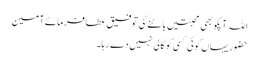
اللہ آپکو بھی محبتیں باٹنے کی توفیق عطافرمائے آمین
حضور یہاں کوئی کسی کو گالی نہیں دے رہا۔